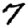
Digit: 7